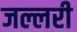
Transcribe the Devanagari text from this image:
जल्लरी